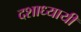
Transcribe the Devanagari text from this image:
दशाध्यायी